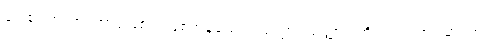
ဂေါစရဘူတာ၊ အာရုံဖြစ်၍ ဖြစ်ကုန်သော။ သတ္တာ၊ သတ္တာဝါတို့သည်။ အပ္ပမာဏာ၊